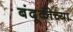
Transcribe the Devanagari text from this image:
बंदूकीच्या